Annual report on the health of the army in India
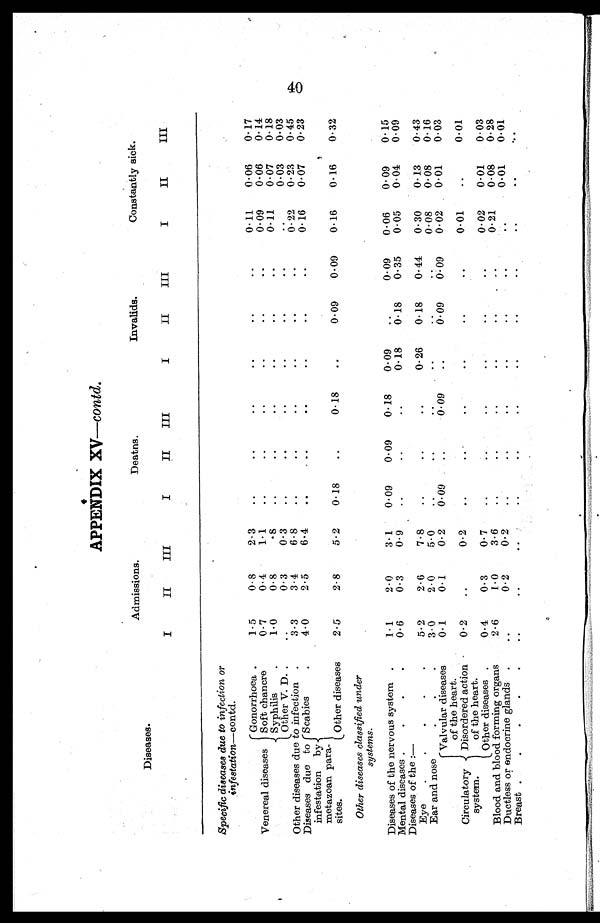
APPENDIX XV—contd.
Diseases.
Admissions.
Deatns.
Invalids.
Constantly sick.
I
II
III
I
II
III
I
II
III
I
II
III
Specific diseases due to infection or
infestation—contd.
Venereal diseases
Gonorrhoea.
1.5
0.8
2.3
..
..
..
..
..
..
0.11
0.06
0.17
Soft chancre
0.7
0.4
1.1
. . ..
. .
. .
. .
0.09
0.06
0.14
Syphilis
.
1.0
0.8
.8
. .
. .
. .
. .
. .
. .
0.11
0.07
0.18
Other V.D.
..
0.3
0.3
..
. .
. .
..
. .
. .
..
0.03
0.03
Other diseases due to infection.
3.3
3.4
6.8
. . ..
. . ..
..
..
0.22
0.23
0.45
Diseases due to
infestation by
metazoan para
¬sites.
Scabies
.
4.0
2.5
6.4
..
. .
. .
..
..
..
0.16
0.07
0.23
Other diseases
2.5
2.8
5.2
0.18
..
0.18
..
0.09
0.09
0.16
0.16
0.32
Other diseases classified under
systems.
Diseases of the nervous system.
1.1
2.0
3.1
0.09
0.09
0.18
0.09
..
0.09
0.06
0.09
0.15
Mental diseases ...
0.6
0.3
0.9
. .
..
..
0.18
0.18
0.35
0.05
0.04
0.09
Diseases of the
: —
Eye
.
.
.
.
.
5.2
2.6
7.8
..
..
..
0.26
0.18
0.44
0.30
0.13
0.43
Ear and nose
.
.
.
3.0
2.0
5.0
..
. .
..
..
..
..
0.08
0.08
0.16
Circulatory
system.
Valvular diseases
of the heart.
0.1
0.1
0.2
0.09
..
0.09
..
0.09
0.09
0.02
0.01
0.03
Disordered action
of the heart.
0.2
..
0.2
..
..
. . ..
..
..
0.01
..
0.01
Other diseases .
0.4
0.3
0.7
. .
. .
..
..
..
..
0.02
0.01
0.03
Blood and blood forming organs
2.6
1.0
3.6
. .
..
..
. .
..
. .
0.21
0.08
0.28
Ductless or endocrine glands.
..
0.2
0.2
. .
..
..
..
..
..
. .
0.01
0.01
Breast .
.
.
.
.
..
. .
..
. .
. .
. .
. .
. .
. .
. .
. .
..